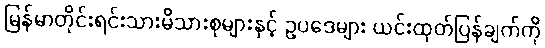
မြန်မာတိုင်းရင်းသားမိသားစုများနှင့် ဥပဒေများ ယင်းထုတ်ပြန်ချက်ကို